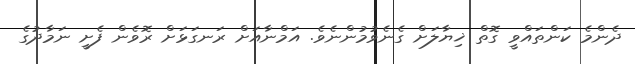
ދެންމެ ކަންތައްވީ ގޮތް ޚިޔާލަށް ގެނެވުމުންނެވެ. އަމްނާއަށް ރަނގަޅަށް ރޮވެން ފެށީ ނަމާދުގެ